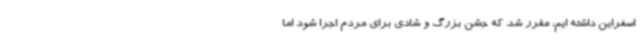
اسفراین داشته ایم، مقرر شد که جشن بزرگ و شادی برای مردم اجرا شود اما